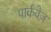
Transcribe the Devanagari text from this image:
पार्कवेज़